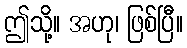
ဤသို့။ အဟု၊ ဖြစ်ပြီ။